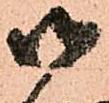
御